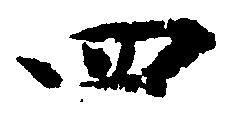
四